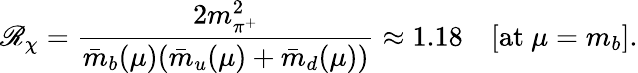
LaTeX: \mathscr{R}_{\chi}=\frac{{2m_{\pi^{+}}^{2}}}{{\bar{{m}}_{b}(\mu)(\bar{{m}}_{u}(\mu)+\bar{{m}}_{d}(\mu))}}\approx1.18\quad[\mathrm{{at~}}\mu=m_{b}].